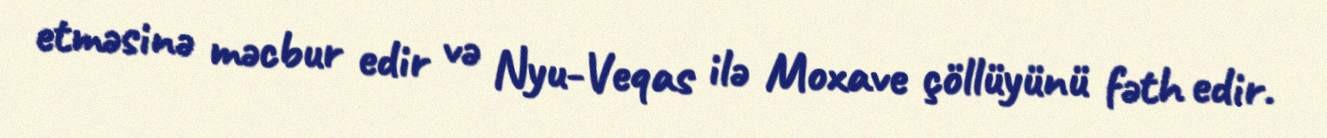
etməsinə məcbur edir və Nyu-Veqas ilə Moxave çöllüyünü fəth edir.